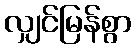
လျှင်မြန်စွာ